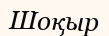
Шоқыр